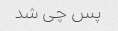
پس چی شد